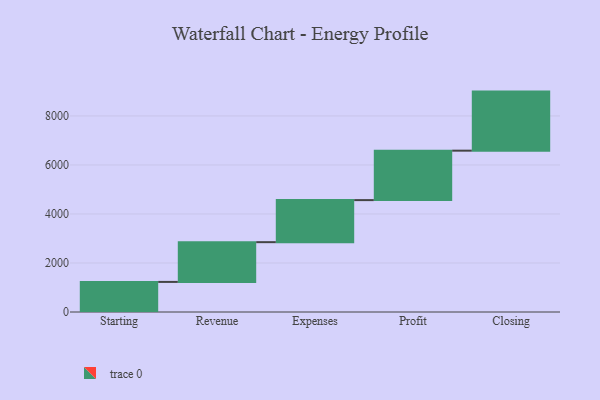
{"axis": {"x": "Step", "y": "Value"}, "legend": [""], "data": [{"x": "Starting", "y": 1228.0, "type": ""}, {"x": "Revenue", "y": 1622.0, "type": ""}, {"x": "Expenses", "y": 1716.0, "type": ""}, {"x": "Profit", "y": 2018.0, "type": ""}, {"x": "Closing", "y": 2410.0, "type": ""}]}